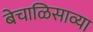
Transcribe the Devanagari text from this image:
बेचाळिसाव्या